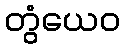
တွံယေဝ